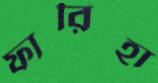
ফারিহা